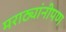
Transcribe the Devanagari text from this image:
मराठ्यांनीपण